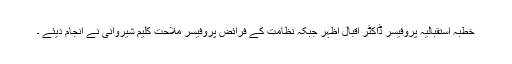
خطبہ استقبالیہ پروفیسر ڈاکٹر اقبال اظہر جبکہ نظامت کے فرائض پروفیسر ملاحت کلیم شیروانی نے انجام دیئے ۔